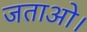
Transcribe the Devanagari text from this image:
जताओ।